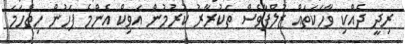
ރިދީ ދެއްކި ވާހަކަތައް ޒުލްފާވެސް ތަކުރާރު ކުރުމުން އަވިކް އެންމެ ފަހުން ހިތްހަމަ